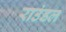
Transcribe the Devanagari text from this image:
राउंडल